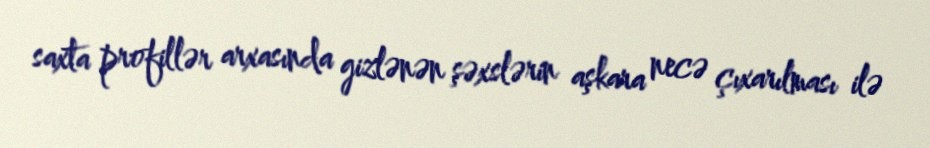
saxta profillər arxasında gizlənən şəxslərin aşkara necə çıxarılması ilə